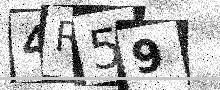
Text: 4R59